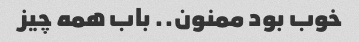
خوب بود ممنون.. باب همه چیز